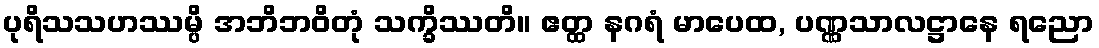
ပုရိသသဟဿမ္ပိ အဘိဘဝိတုံ သက္ခိဿတိ။ ဧတ္ထ နဂရံ မာပေထ, ပဏ္ဏသာလဋ္ဌာနေ ရညော